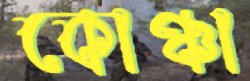
কোঞ্চা